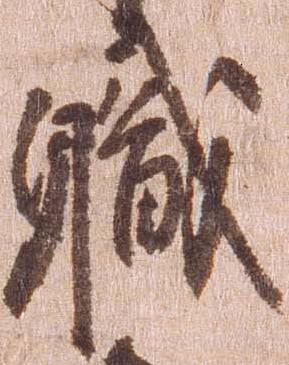
職